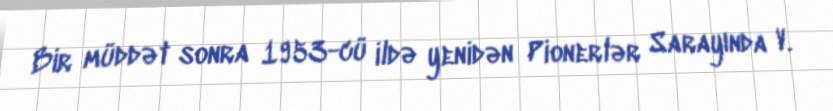
Bir müddət sonra 1953-cü ildə yenidən Pionerlər Sarayında V.